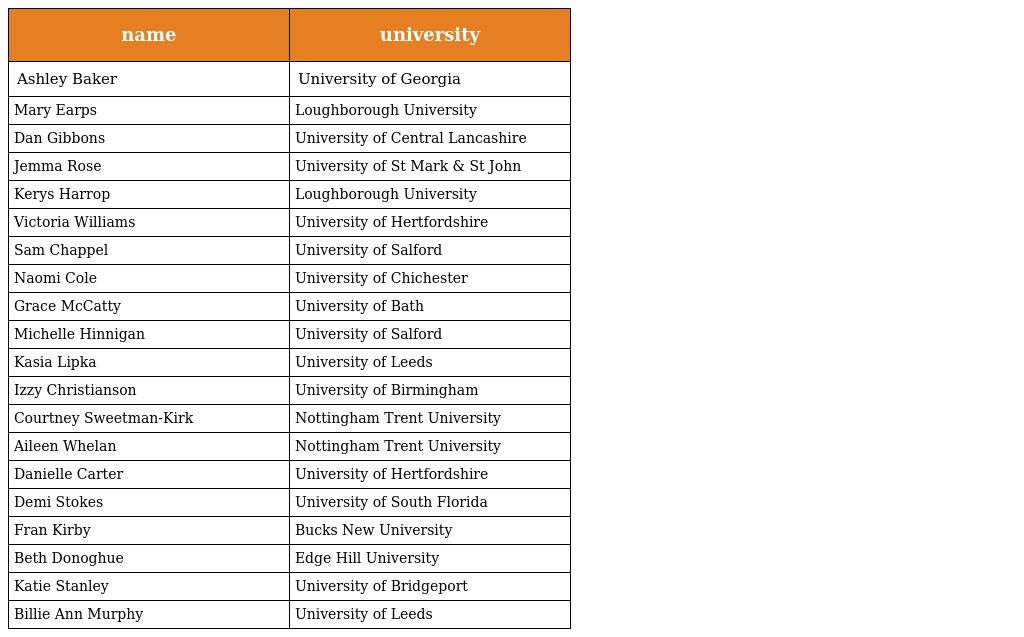
| name | university |
 | --- | --- |
 | Ashley Baker | University of Georgia |
 | Mary Earps | Loughborough University |
 | Dan Gibbons | University of Central Lancashire |
 | Jemma Rose | University of St Mark & St John |
 | Kerys Harrop | Loughborough University |
 | Victoria Williams | University of Hertfordshire |
 | Sam Chappel | University of Salford |
 | Naomi Cole | University of Chichester |
 | Grace McCatty | University of Bath |
 | Michelle Hinnigan | University of Salford |
 | Kasia Lipka | University of Leeds |
 | Izzy Christianson | University of Birmingham |
 | Courtney Sweetman-Kirk | Nottingham Trent University |
 | Aileen Whelan | Nottingham Trent University |
 | Danielle Carter | University of Hertfordshire |
 | Demi Stokes | University of South Florida |
 | Fran Kirby | Bucks New University |
 | Beth Donoghue | Edge Hill University |
 | Katie Stanley | University of Bridgeport |
 | Billie Ann Murphy | University of Leeds |